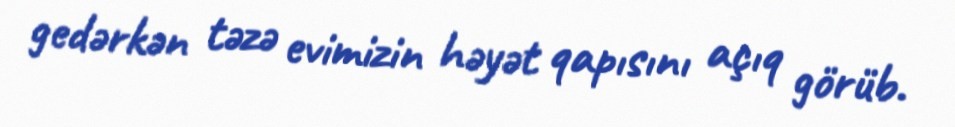
gedərkən təzə evimizin həyət qapısını açıq görüb.